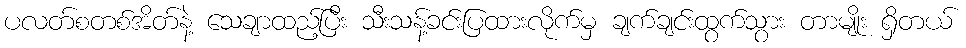
ပလတ်စတစ်အိတ်နဲ့ သေချာထည့်ပြီး သီးသန့်ခင်းပြထားလိုက်မှ ချက်ချင်းထွက်သွား တာမျိုး ရှိတယ်